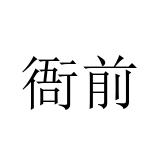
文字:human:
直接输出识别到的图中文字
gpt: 衙前